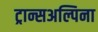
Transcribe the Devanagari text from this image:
ट्रान्सअल्पिना